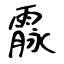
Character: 霡